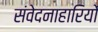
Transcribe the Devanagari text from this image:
संवेदनाहारियों